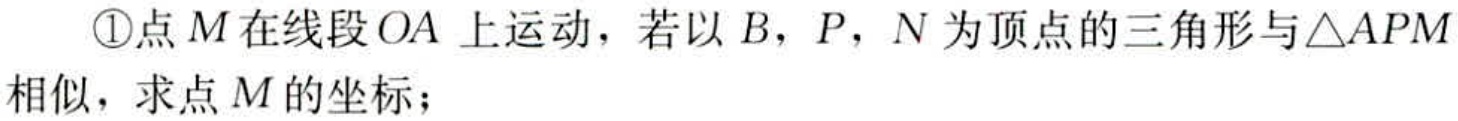
\textcircled{1}点\(M\)在线段\(OA\) 上运动，若以\(B\)，\(P\)，\(N\)为顶点的三角形与\(\triangle APM\)相似，求点\(M\)的坐标；